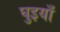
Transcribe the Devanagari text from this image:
घुइयाँ